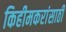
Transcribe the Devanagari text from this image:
किहीमकरांसाठी